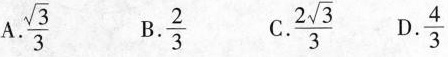
A. \frac{\sqrt{3}}{3} B.\frac{2}{3} C.\frac{2 \sqrt{3}}{3} D.\frac{4}{3}